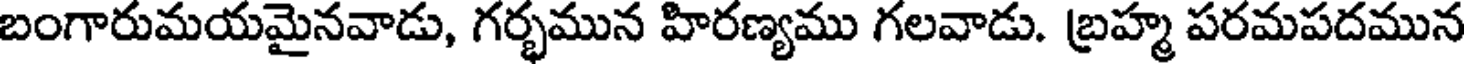
బంగారుమయమైనవాడు, గర్భమున హిరణ్యము గలవాడు. బ్రహ్మ పరమపదమున